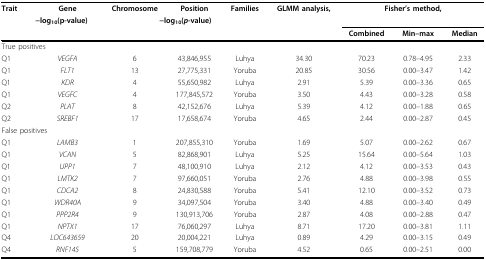
<table><thead><tr><td><b>Trait</b></td><td><b>Gene</b></td><td><b>Chromosome</b></td><td><b>Position</b></td><td><b>Families</b></td><td><b>GLMM analysis, </b></td><td colspan="3"><b>Fisher’s method, </b></td></tr><tr><td colspan="5"></td><td><b>−log<sub>10</sub>(p-value)</b></td><td colspan="3"><b>−log<sub>10</sub>(<i>p</i>-value)</b></td></tr><tr><td></td><td></td><td></td><td></td><td></td><td></td><td><b>Combined</b></td><td><b>Min–max</b></td><td><b>Median</b></td></tr></thead><tbody><tr><td colspan="9">True positives</td></tr><tr><td>Q1</td><td><i>VEGFA</i></td><td>6</td><td>43,846,955</td><td>Luhya</td><td>34.30</td><td>70.23</td><td>0.78–4.95</td><td>2.33</td></tr><tr><td>Q1</td><td><i>FLT1</i></td><td>13</td><td>27,775,331</td><td>Yoruba</td><td>20.85</td><td>30.56</td><td>0.00–3.47</td><td>1.42</td></tr><tr><td>Q1</td><td><i>KDR</i></td><td>4</td><td>55,650,982</td><td>Luhya</td><td>2.91</td><td>5.39</td><td>0.00–3.36</td><td>0.65</td></tr><tr><td>Q1</td><td><i>VEGFC</i></td><td>4</td><td>177,845,572</td><td>Yoruba</td><td>3.50</td><td>4.43</td><td>0.00–3.28</td><td>0.58</td></tr><tr><td>Q2</td><td><i>PLAT</i></td><td>8</td><td>42,152,676</td><td>Luhya</td><td>5.39</td><td>4.12</td><td>0.00–1.88</td><td>0.65</td></tr><tr><td>Q2</td><td><i>SREBF1</i></td><td>17</td><td>17,658,674</td><td>Yoruba</td><td>4.65</td><td>2.44</td><td>0.00–2.87</td><td>0.45</td></tr><tr><td colspan="9">False positives</td></tr><tr><td>Q1</td><td><i>LAMB3</i></td><td>1</td><td>207,855,310</td><td>Yoruba</td><td>1.69</td><td>5.07</td><td>0.00–2.62</td><td>0.67</td></tr><tr><td>Q1</td><td><i>VCAN</i></td><td>5</td><td>82,868,901</td><td>Luhya</td><td>5.25</td><td>15.64</td><td>0.00–5.64</td><td>1.03</td></tr><tr><td>Q1</td><td><i>UPP1</i></td><td>7</td><td>48,100,910</td><td>Luhya</td><td>2.12</td><td>4.12</td><td>0.00–3.53</td><td>0.43</td></tr><tr><td>Q1</td><td><i>LMTK2</i></td><td>7</td><td>97,660,051</td><td>Yoruba</td><td>2.76</td><td>4.88</td><td>0.00–3.98</td><td>0.55</td></tr><tr><td>Q1</td><td><i>CDCA2</i></td><td>8</td><td>24,830,588</td><td>Yoruba</td><td>5.41</td><td>12.10</td><td>0.00–3.52</td><td>0.73</td></tr><tr><td>Q1</td><td><i>WDR40A</i></td><td>9</td><td>34,097,504</td><td>Yoruba</td><td>3.40</td><td>4.88</td><td>0.00–3.40</td><td>0.49</td></tr><tr><td>Q1</td><td><i>PPP2R4</i></td><td>9</td><td>130,913,706</td><td>Yoruba</td><td>2.87</td><td>4.08</td><td>0.00–2.88</td><td>0.47</td></tr><tr><td>Q1</td><td><i>NPTX1</i></td><td>17</td><td>76,060,297</td><td>Luhya</td><td>8.71</td><td>17.20</td><td>0.00–3.81</td><td>1.11</td></tr><tr><td>Q4</td><td><i>LOC643659</i></td><td>20</td><td>20,004,221</td><td>Luhya</td><td>0.89</td><td>4.29</td><td>0.00–3.15</td><td>0.49</td></tr><tr><td>Q4</td><td><i>RNF145</i></td><td>5</td><td>159,708,779</td><td>Yoruba</td><td>4.52</td><td>0.65</td><td>0.00–2.51</td><td>0.00</td></tr></tbody></table>